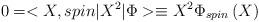
LaTeX: \begin{align*}0=<X,spin|X^{2}|\Phi >\equiv X^{2}\Phi _{spin}\left( X\right) \end{align*}